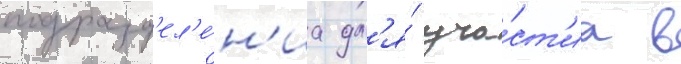
подразд'ел'е́н'иа дл'я́ уча́ст'иа в